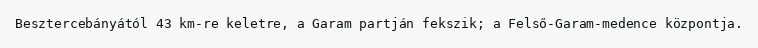
Besztercebányától 43 km-re keletre, a Garam partján fekszik; a Felső-Garam-medence központja.